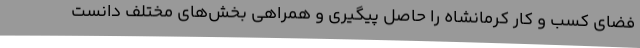
فضای کسب و کار کرمانشاه را حاصل پیگیری و همراهی بخش‌های مختلف دانست